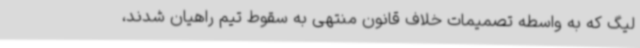
لیگ که به واسطه تصمیمات خلاف قانون منتهی به سقوط تیم راهیان شدند،